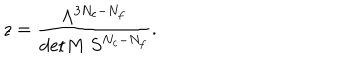
LaTeX: z = \frac { \Lambda ^ { 3 N _ { c } - N _ { f } } } { \mathrm { d e t } M \ S ^ { N _ { c } - N _ { f } } } .